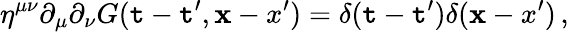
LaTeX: \eta^{\mu\nu}\partial_{\mu}\partial_{\nu}G(\mathtt{t}-\mathtt{t}^{\prime},{\mathbf{x}-x^{\prime}})=\delta(\mathtt{t}-\mathtt{t}^{\prime})\delta({\mathbf{x}-x^{\prime}})\, ,